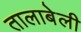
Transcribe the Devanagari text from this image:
तालाबेली